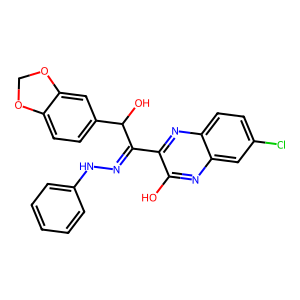
SMILES: Oc1nc2cc(Cl)ccc2nc1C(=NNc1ccccc1)C(O)c1ccc2c(c1)OCO2
Inhibits HIV replication: No